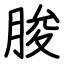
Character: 朘